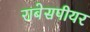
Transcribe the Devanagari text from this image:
राबेसपीयर